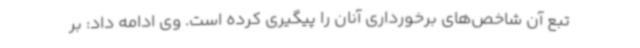
تبع آن شاخص‌های برخورداری آنان را پیگیری کرده است. وی ادامه داد: بر